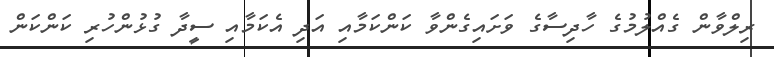
ރިލްވާން ގެއްލުމުގެ ހާދިސާގެ ވަށައިގެންވާ ކަންކަމާއި އަދި އެކަމާއި ސީދާ ގުޅުންހުރި ކަންކަން